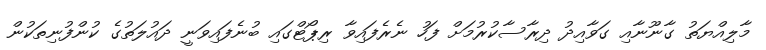
މާލިއްޔަތު ގާނޫނާއި ގަވާއިދު ދިރާސާކުރުމަށް ފަހު ނެރެފައިވާ ރިޕޯޓްގައި ބުނެފައިވަނީ ދައުލަތުގެ ކުންފުނިތަކުން